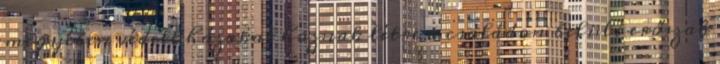
megyében védett házakat hoznak létre a családon belüli erőszak